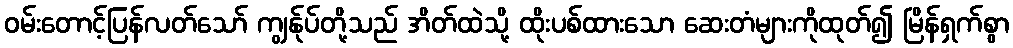
ဝမ်းတောင့်ပြန်လတ်သော် ကျွန်ုပ်တို့သည် အိတ်ထဲသို့ ထိုးပစ်ထားသော ဆေးတံများကိုထုတ်၍ မြိန်ရှက်စွာ